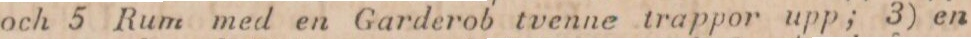
och 5 Rum med en Garderob tvenne trappor upp; 3) en